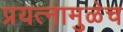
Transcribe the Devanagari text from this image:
प्रयत्नामुळेच